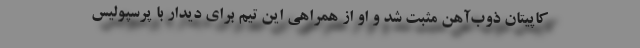
کاپیتان ذوب‌آهن مثبت شد و او از همراهی این تیم برای دیدار با پرسپولیس